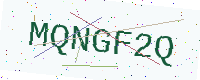
Text: MQNGF2Q